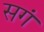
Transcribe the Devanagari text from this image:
सगं